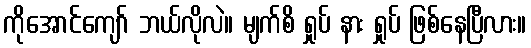
ကိုအောင်ကျော် ဘယ်လိုလဲ။ မျက်စိ ရှုပ် နား ရှုပ် ဖြစ်နေပြီလား။